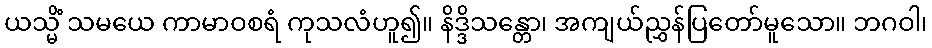
ယသ္မိံ သမယေ ကာမာဝစရံ ကုသလံဟူ၍။ နိဒ္ဒိသန္တော၊ အကျယ်ညွှန်ပြတော်မူသော။ ဘဂဝါ၊